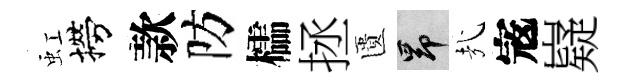
虹撈款防櫺拯匱昂㢤𡨥嶷